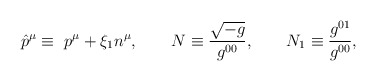
\begin{align*}\hat p^\mu\equiv\ p^\mu+\xi_1 n^\mu, \qquad N\equiv\frac{\sqrt{-g}}{g^{00}}, \qquad N_1\equiv\frac{g^{01}}{g^{00}},\end{align*}